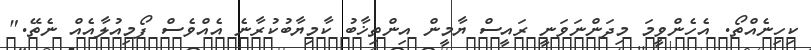
ކިހިނެއްތޯ. އެހެންވީމަ މިދަންނަވަނީ ރައީސް ޔާމީން އިންތިޚާބު ކާމިޔާބުކުރާނެ އެއްވެސް ފޯމިއުލާއެއް ނެތޭ."